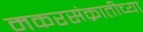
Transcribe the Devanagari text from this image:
मकरसंक्रातीच्या